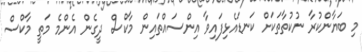
މި ބަޔާންކުރާ ނުކުތާތަކަށް ކަނޑައެޅިފައިވާ އިންސައްތައިން މާކްސް ދީގެން އެންމެ މަތީ މާކްސް